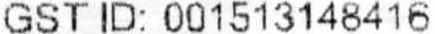
GST ID: 001513148416